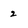
Character: 2